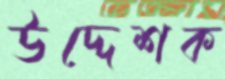
উদ্দেশক